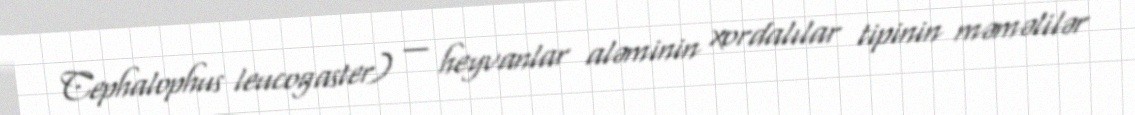
Cephalophus leucogaster) — heyvanlar aləminin xordalılar tipinin məməlilər